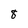
Character: 8